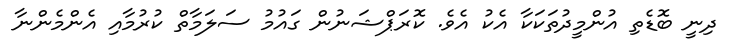
ދިނީ ބޮޑެތި އުންމީދުތަކަކާ އެކު އެވެ. ކޮރަޕްޝަނުން ގައުމު ސަލަމާތް ކުރުމާއި އެންމެންނާ